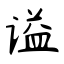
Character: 谥